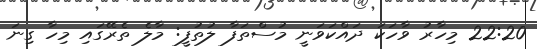
22:20 މިހާރު ވާހަކަ ދައްކަވަނީ މުސްތަފާ ލުތުފީ: މާލެ ތެރޭގައި މިހާ ގިނަ